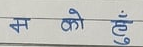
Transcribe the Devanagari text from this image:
म को हुँ